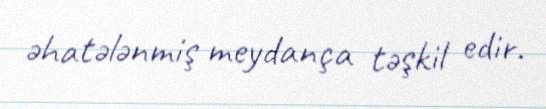
əhatələnmiş meydança təşkil edir.